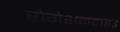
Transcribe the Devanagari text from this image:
रोगेशनटाइड